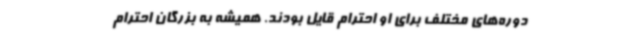
دوره‌های مختلف برای او احترام قایل بودند. همیشه به بزرگان احترام